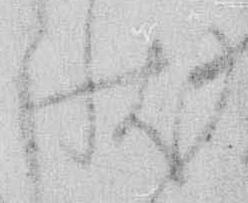
状